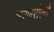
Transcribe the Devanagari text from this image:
भरणरोलों